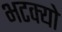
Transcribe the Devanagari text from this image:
भटक्‍यो